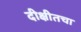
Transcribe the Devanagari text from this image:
दीक्षीतचा